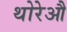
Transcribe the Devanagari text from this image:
थोरेऔ